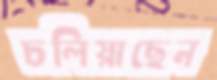
চলিয়াছেন